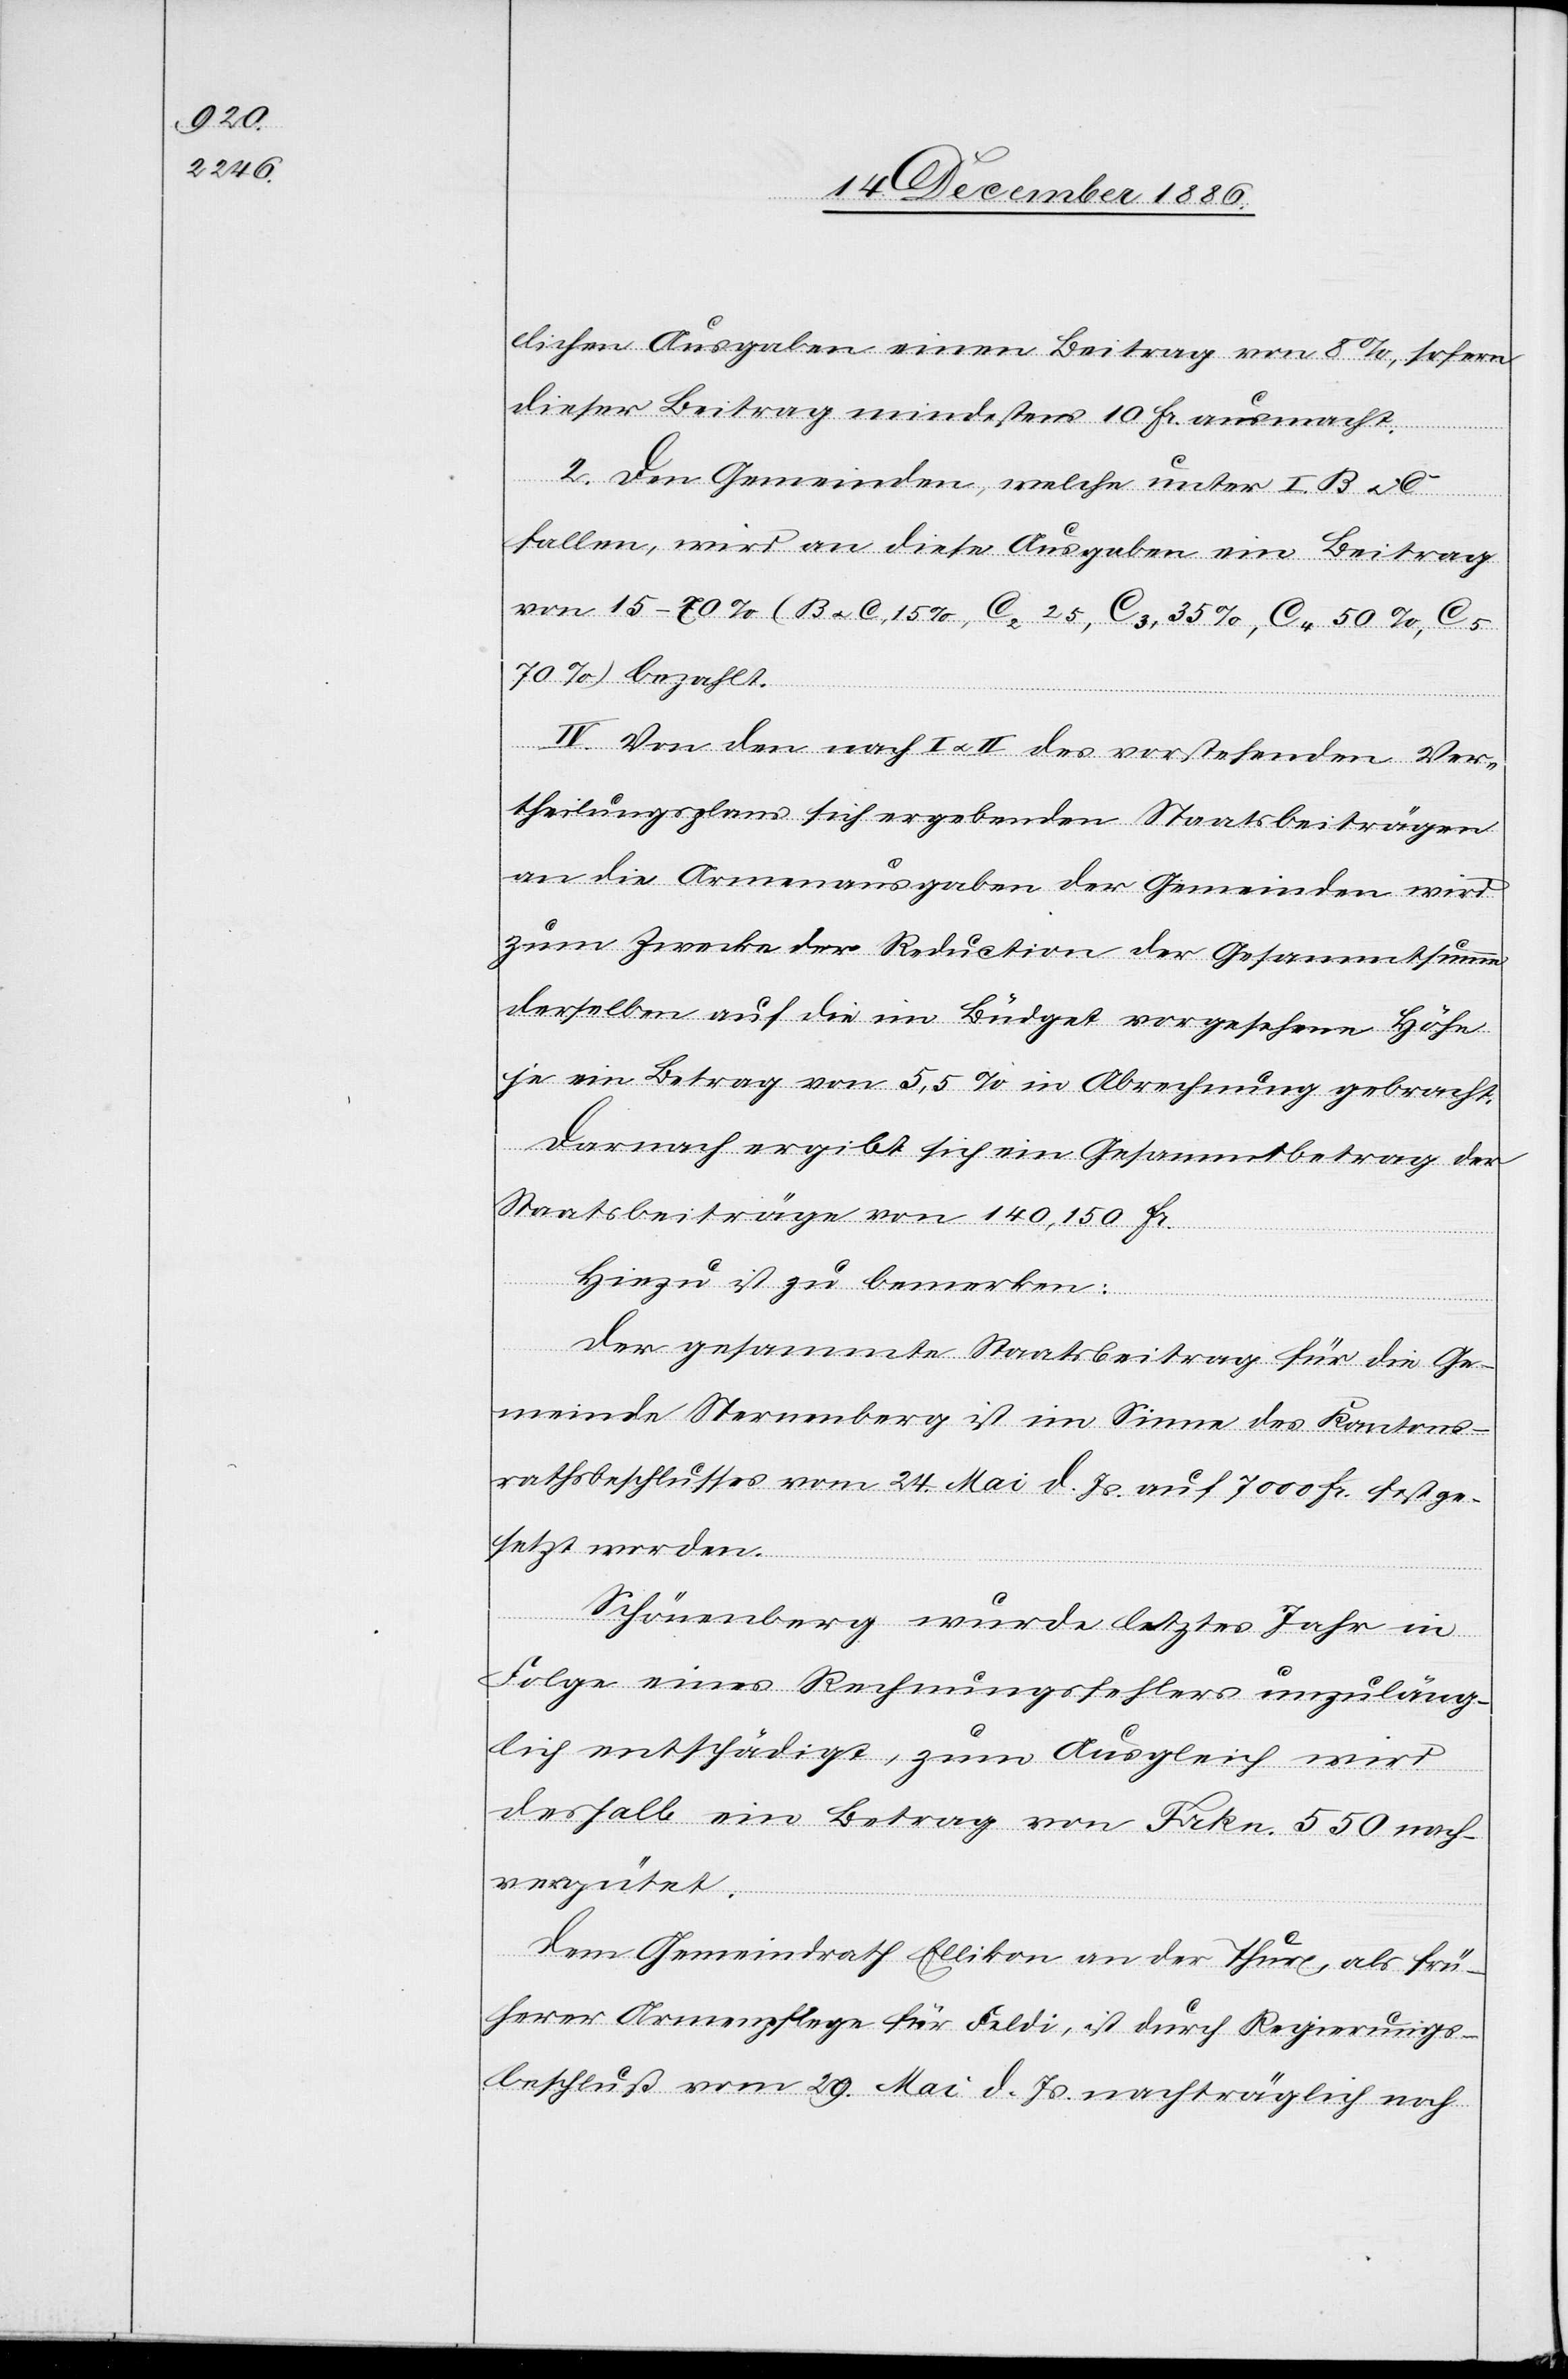
lichen Ausgaben einen Beitrag von 8%, sofern
dieser Beitrag mindestens 10 Fr. ausmacht.
2. Den Gemeinden, welche unter I. B &
fallen, wird an diese Ausgaben ein Beitrag
von 15–80% (B & C, 15%, C2 25, C3, 35%, C4 50%, C5
70%) bezahlt.
IV. Von den nach I & II des vorstehenden Ver¬
theilungsplans sich ergebenden Staatsbeiträgen
an die Armenausgaben der Gemeinden wird
zum Zwecke der Reduction der Gesammtsumme
derselben auf die im Büdget vorgesehene Höhe
je ein Betrag von 5,5% in Abrechnung gebracht.
Darnach ergibt sich ein Gesammtbetrag der
Staatsbeiträge von 140,150 Fr.
Hiezu ist zu bemerken:
Der gesammte Staatsbeitrag für die Ge¬
meinde Sternenberg ist im Sinne des Kantons¬
rathsbeschlusses vom 24. Mai d. Js. auf 7000 Fr. festge¬
setzt worden.
Schönenberg wurde letztes Jahr in
Folge eines Rechnungsfehlers unzuläng¬
lich entschädigt, zum Ausgleich wird
deshalb ein Betrag von Frkn. 550 nach¬
vergütet.
Dem Gemeindrath Ellikon an der Thur als frü¬
herer Armenpflege für Feldi, ist durch Regierungs¬
beschluß vom 29. Mai d. Js. nachträglich noch